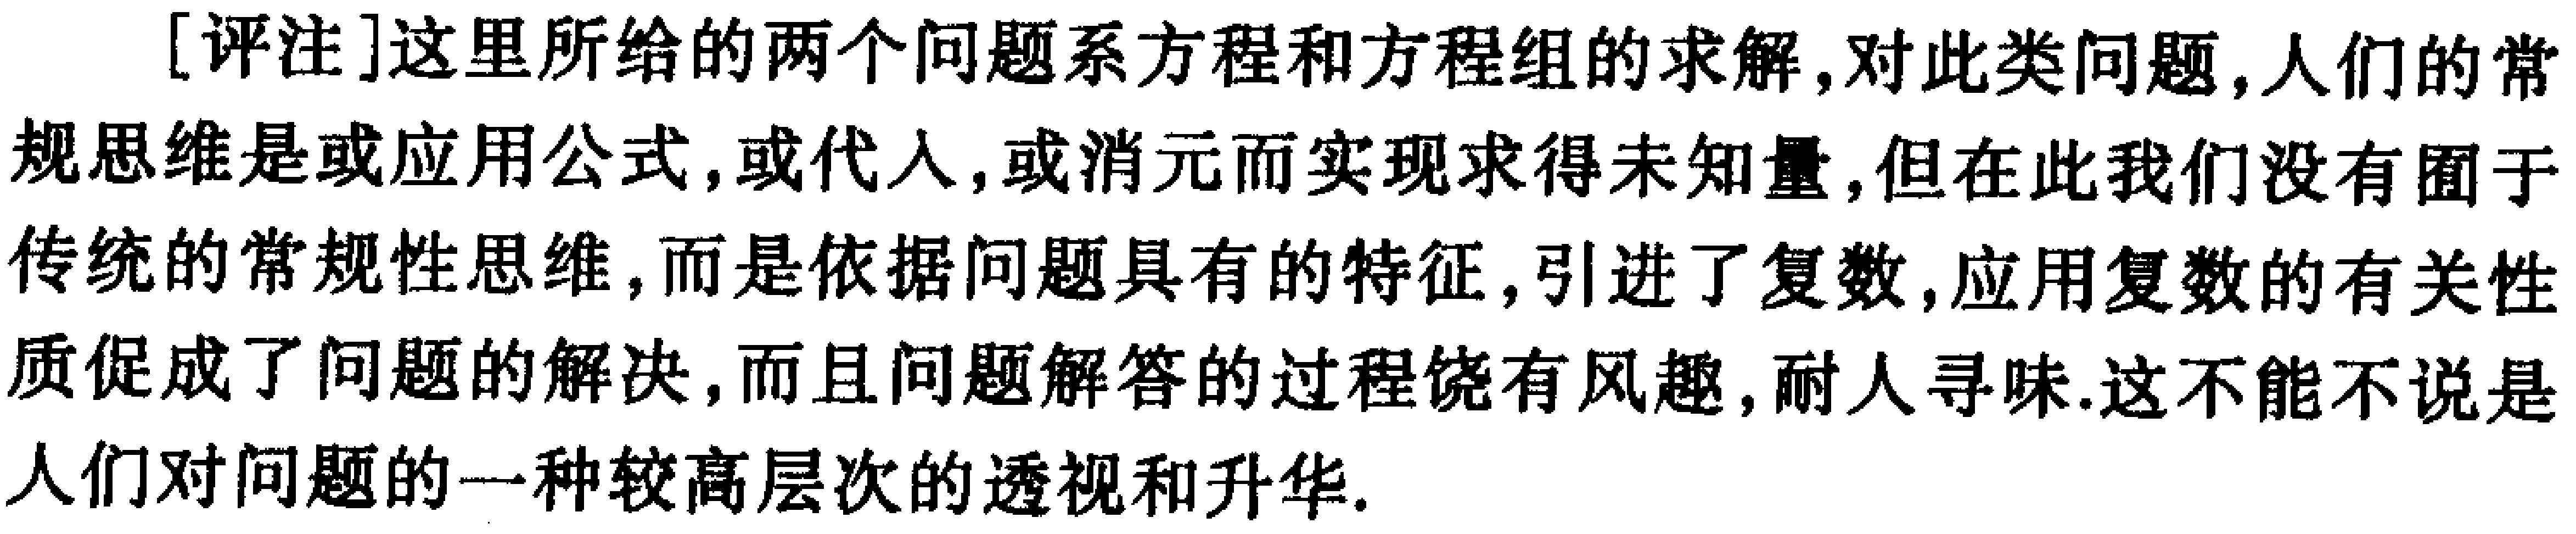
[评注]这里所给的两个问题系方程和方程组的求解,对此类问题,人们的常规思维是或应用公式,或代入,或消元而实现求得未知量,但在此我们没有囿于传统的常规性思维,而是依据问题具有的特征,引进了复数,应用复数的有关性质促成了问题的解决,而且问题解答的过程饶有风趣,耐人寻味.这不能不说是人们对问题的一种较高层次的透视和升华.